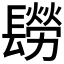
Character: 𨲮